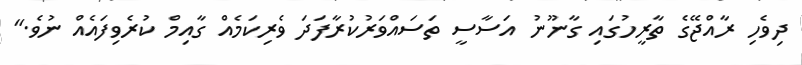
ދިވެހި ރާއްޖޭގެ ތާރީހުގައި ގާނޫނު އަސާސީ ތަސައްވަރުކުރާފަދަ ވެރިކަމެއް ގާއިމް ކުރެވިފައެއް ނުވެ."